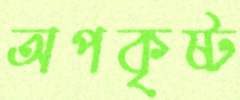
অপকৃষ্ট